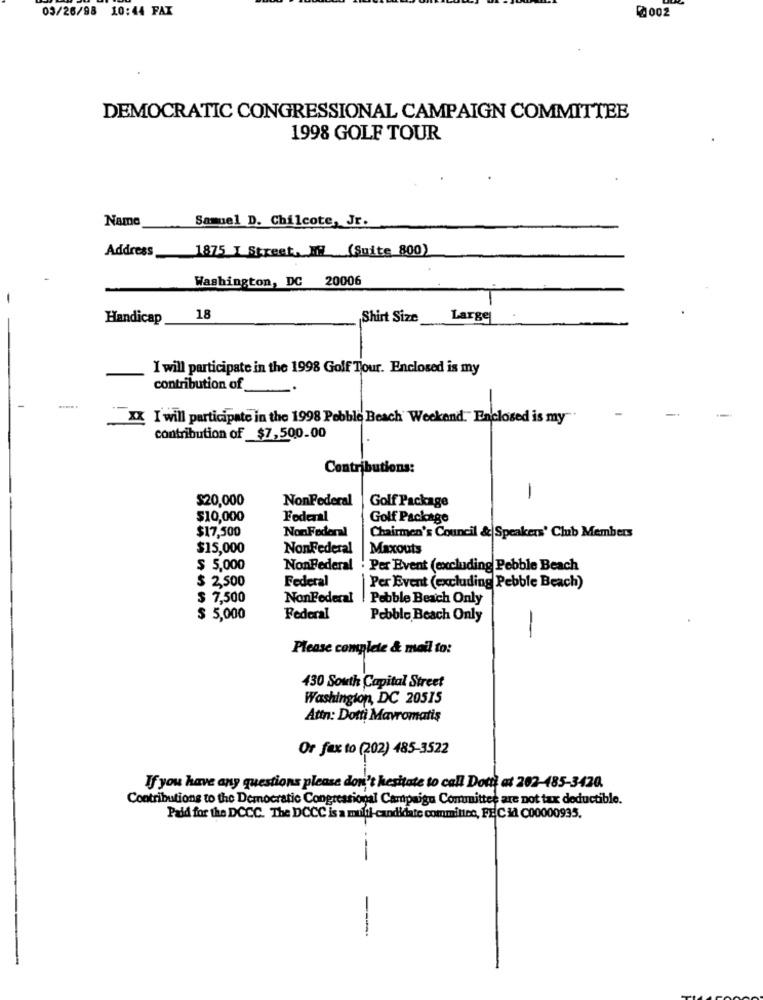
0002
03/26/98 10:44 FAX
DEMOCRATIC CONGRESSIONAL CAMPAIGN COMMITTEE
1998 GOLF TOUR
Name
Samuel D. Chilcote, Jr.
Address
1875 I Street, Mi (Suite 800)
Washington, DC 20006
Handicap
18
Shirt Size
Large
I will participate in the 1998 Golf Tour. Enclosed is my
contribution of
XX I will participate in the 1998 Pebble Beach Weekend. Enclosed is my
contribution of $7,500.00
Contributions:
$20,000
NonFederal
Golf Package
-
$10,000
Federal
Golf Package
$17,500
NonFederal
Chairmen's Council & Speakers' Club Members
$15,000
NonFederal
Maxouts
$ 5,000
NonFederal
` Per Event (excluding Pebble Beach
$ 2,500
Federal
Per Event (excluding Pebble Beach)
$ 7,500
NonFederal | Pebble Beach Only
$ 5,000
Federal
Pebble Beach Only
-
Please complete & mail to:
430 South Capital Street
Washington, DC 20515
Attn: Dotti Mavromatiş
Or fax to (202) 485-3522
If you have any questions please don't hesitate to call Dotti at 202-485-3420.
Contributions to the Democratic Congressional Campaign Committee are not tax deductible.
Paid for the DCCC. The DCCC is a multi-candidate committee, FEC i C00000935.
--